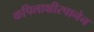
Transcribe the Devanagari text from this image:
कपिलाक्षीरपानेन